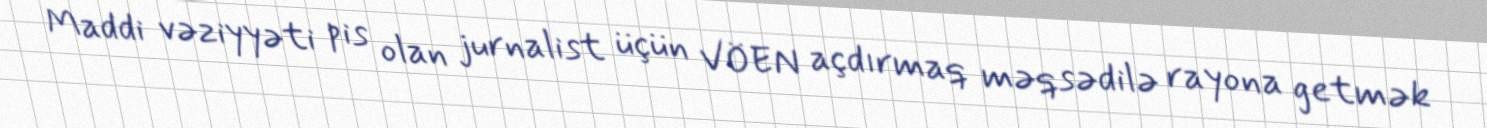
Maddi vəziyyəti pis olan jurnalist üçün VÖEN açdırmaq məqsədilə rayona getmək